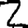
Digit: 2